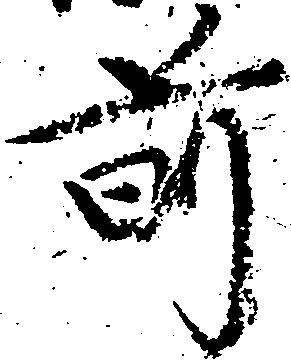
前